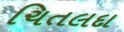
ચિતલદા